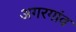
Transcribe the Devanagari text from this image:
अगरगांव